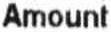
AMOUNT